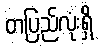
တပြည်လုံးရှိ